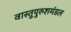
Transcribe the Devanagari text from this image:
वास्तुपुरुशमंडल